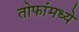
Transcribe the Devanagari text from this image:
तोफांमध्ये